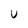
Character: V